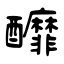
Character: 釄